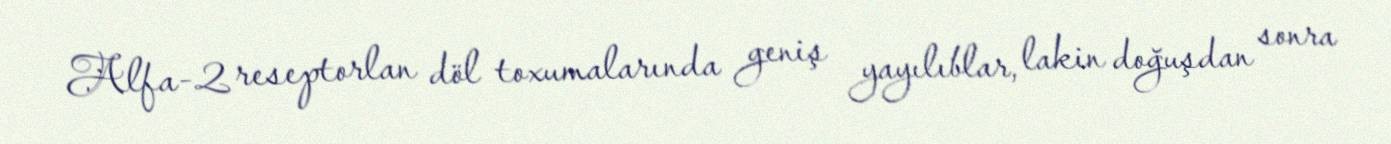
Alfa-2 reseptorlan döl toxumalarında geniş yayılıblar, lakin doğuşdan sonra